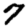
Digit: 7